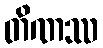
တိဏဿ